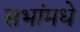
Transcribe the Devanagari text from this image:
सभांमधे